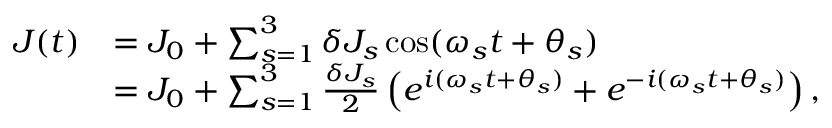
\begin{array} { r l } { J ( t ) } & { = J _ { 0 } + \sum _ { s = 1 } ^ { 3 } \delta J _ { s } \cos ( \omega _ { s } t + \theta _ { s } ) } \\ & { = J _ { 0 } + \sum _ { s = 1 } ^ { 3 } \frac { \delta J _ { s } } { 2 } \left( e ^ { i ( \omega _ { s } t + \theta _ { s } ) } + e ^ { - i ( \omega _ { s } t + \theta _ { s } ) } \right) , } \end{array}